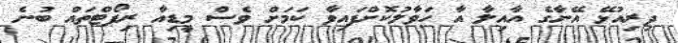
ދިރިއުޅޭ އޭނާގެ އާއިލާ އާ ހަވާލުކޮށްފައިވާ ކަމަށް ވެސް މީޑިއާ ރިޕޯޓްތައް ބުނެ